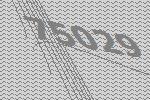
75029